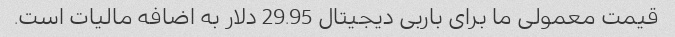
قیمت معمولی ما برای باربی دیجیتال 29.95 دلار به اضافه مالیات است.